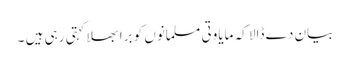
بیان دے ڈالا کہ مایاوتی مسلمانوں کو برا بھلا کہتی رہی ہیں ۔